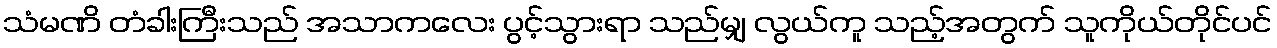
သံမဏိ တံခါးကြီးသည် အသာကလေး ပွင့်သွားရာ သည်မျှ လွယ်ကူ သည့်အတွက် သူကိုယ်တိုင်ပင်